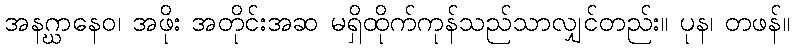
အနဂ္ဃာနေဝ၊ အဖိုး အတိုင်းအဆ မရှိထိုက်ကုန်သည်သာလျှင်တည်း။ ပုန၊ တဖန်။